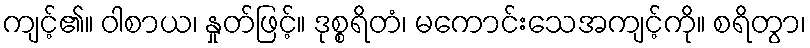
ကျင့်၏။ ဝါစာယ၊ နှုတ်ဖြင့်။ ဒုစ္စရိတံ၊ မကောင်းသေအကျင့်ကို။ စရိတွာ၊